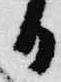
日